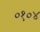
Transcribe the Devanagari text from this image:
०१०४